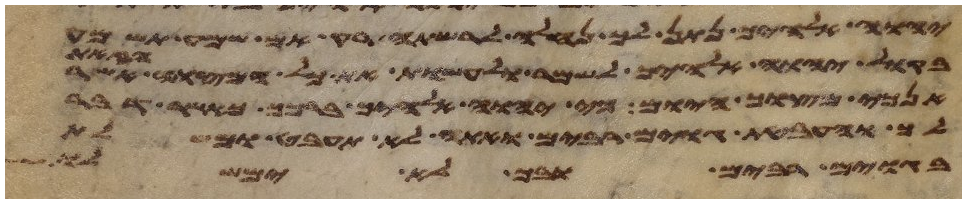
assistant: יהוה אלהיך נתן לך נחלה לרשתה רק אם שמע תשמע
וזאת
בקול יהוה אלהיך לשמר לעשות את כל מצותיו אשר
אנכי מצוך היום כי יהוה אלהיך ברכך כאשר דבר
לך והעבטת גוים רבים ואתה לא תעבט ומשלת
בגוים רבים ובך לא ימשלו